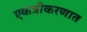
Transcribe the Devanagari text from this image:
एकत्रीकरणात